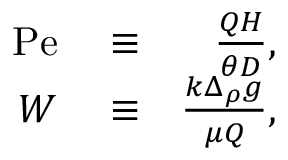
\begin{array} { r l r } { \mathrm { P e } } & { { } \equiv } & { \frac { Q H } { \theta D } , } \\ { W } & { { } \equiv } & { \frac { k \Delta _ { \rho } g } { \mu Q } , } \end{array}